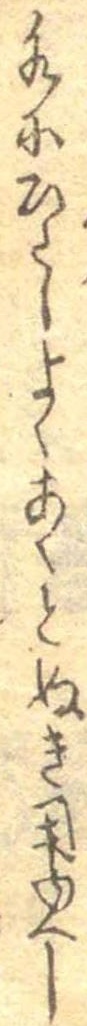
水にひたしよくあくをぬき用ゆへし